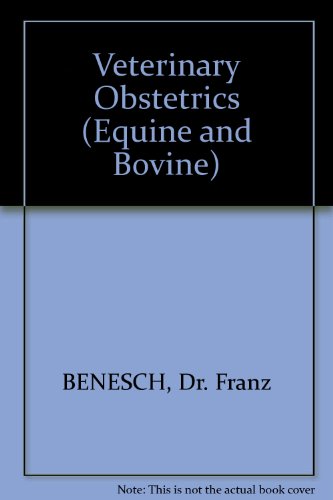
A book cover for VETERINARY OBSTETRICS Equine and Bovine; WRIGHT John G. BENESCH Franz; Medical Books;